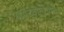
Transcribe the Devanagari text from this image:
श्रीदतात्रेयांचा